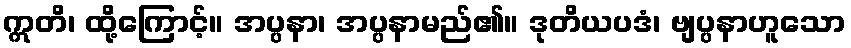
ဣတိ၊ ထို့ကြောင့်။ အပ္ပနာ၊ အပ္ပနာမည်၏။ ဒုတိယပဒံ၊ ဗျပ္ပနာဟူသော